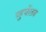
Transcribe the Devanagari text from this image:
पहुचें।तब